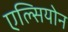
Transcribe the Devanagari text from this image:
एल्सियोन